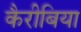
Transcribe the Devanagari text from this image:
कैरीबिया